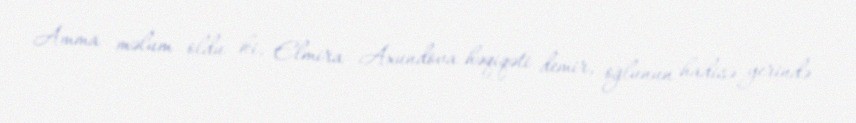
Amma məlum oldu ki, Elmira Axundova həqiqəti demir, oğlunun hadisə yerində